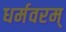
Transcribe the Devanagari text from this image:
धर्मवरम्